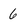
Character: 6